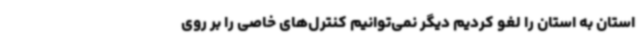
استان به استان را لغو کردیم دیگر نمی‌توانیم کنترل‌های خاصی را بر روی